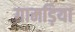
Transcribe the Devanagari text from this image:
गामड़िया